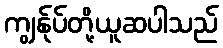
ကျွန်ုပ်တို့ယူဆပါသည်